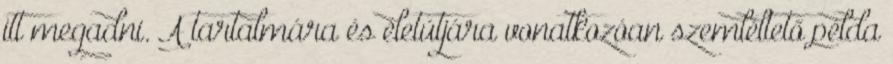
itt megadni. A tartalmára és életútjára vonatkozóan szemléltető példa